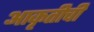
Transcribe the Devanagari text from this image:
आकृतीची